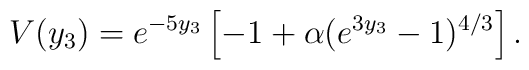
V(y_3) = e^{-5y_3}\left[-1+\alpha(e^{3y_3}-1)^{4/3}\right].